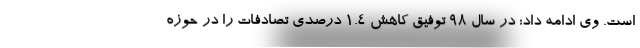
است. وی ادامه داد: در سال 98 توفیق کاهش 1.4 درصدی تصادفات را در حوزه